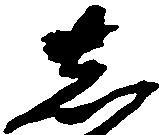
し